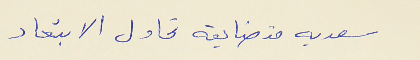
سعديه متضايقه تحاول الابتعاد